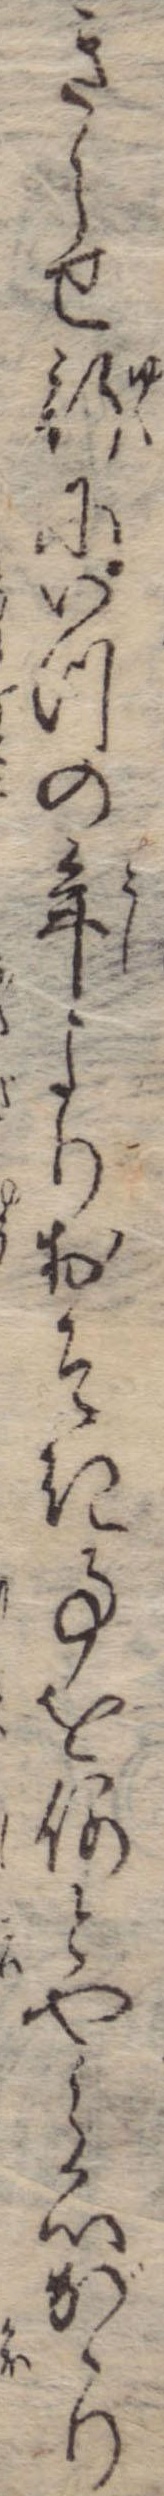
きらせ行にいつの年よりおそき事を何とやら心がゝり